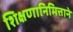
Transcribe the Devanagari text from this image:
शिक्षणानिमित्ताने